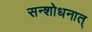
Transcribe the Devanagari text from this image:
सन्शोधनात्